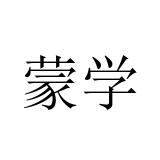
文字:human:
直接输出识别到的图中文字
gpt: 蒙学